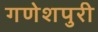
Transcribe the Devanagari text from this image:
गणेशपुरी